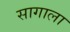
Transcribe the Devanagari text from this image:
सागाला